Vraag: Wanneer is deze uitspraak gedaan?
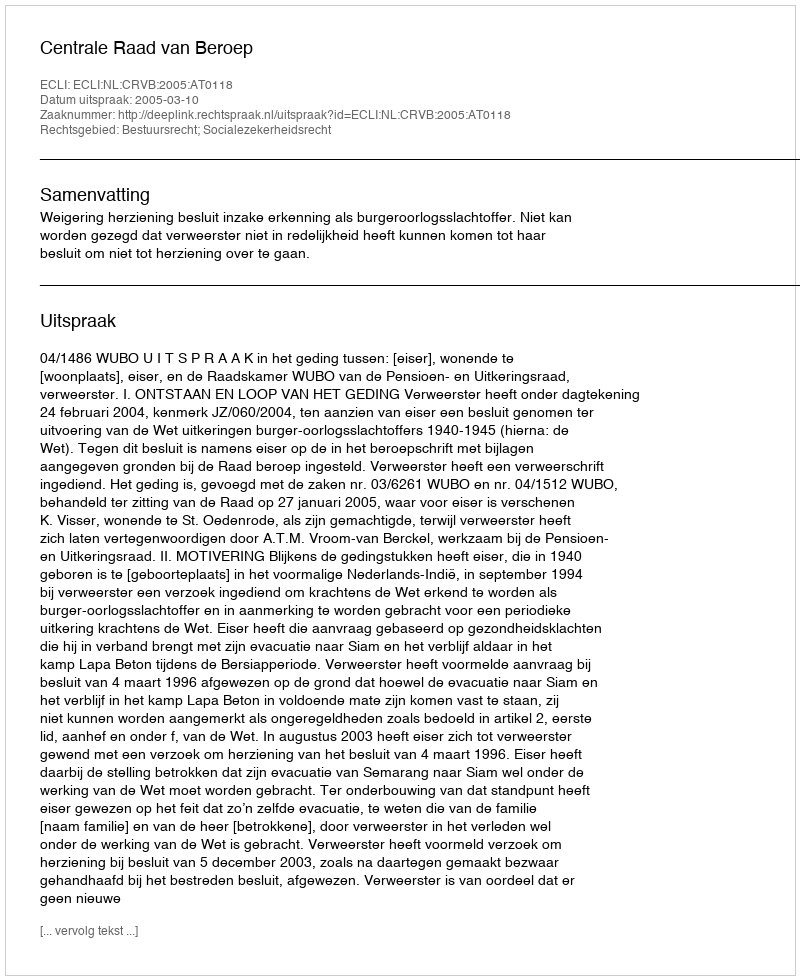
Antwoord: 2005-03-10